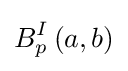
B_{p}^{I}\left(a,b\right)